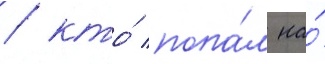
/ кто́ попа́л на́